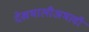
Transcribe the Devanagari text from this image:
देखभालीअभावी